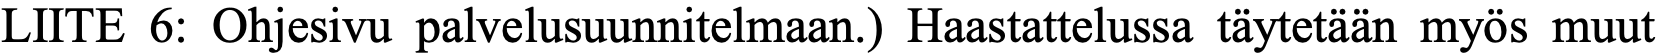
LIITE 6: Ohjesivu palvelusuunnitelmaan.) Haastattelussa täytetään myös muut